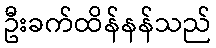
ဦးခက်ထိန်နန်သည်